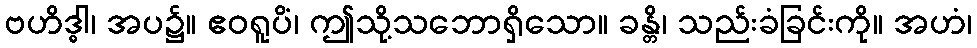
ဗဟိဒ္ဓါ၊ အပ၌။ ဧဝရူပိံ၊ ဤသို့သဘောရှိသော။ ခန္တိ၊ သည်းခံခြင်းကို။ အဟံ၊